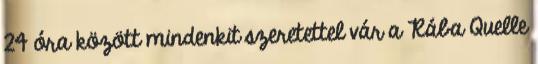
24 óra között mindenkit szeretettel vár a Rába Quelle